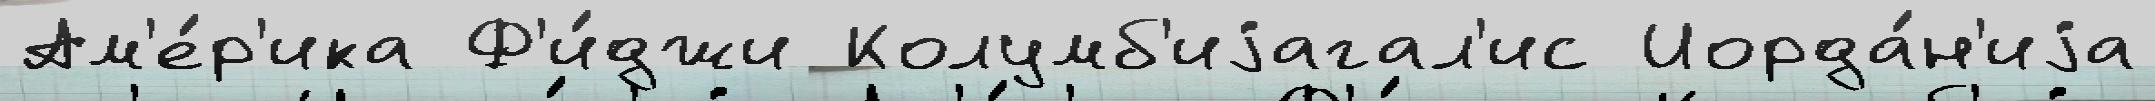
Ам'е́р'ика Ф'и́джи Колумб'иjагал'ис Иорда́н'иjа